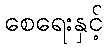
စေရေးနှင့်